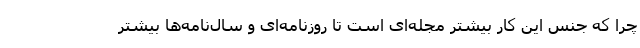
چرا که جنس این کار بیشتر مجله‌ای است تا روزنامه‌ای و سال‌نامه‌ها بیشتر